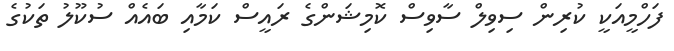
ފަހްމީއަކީ ކުރިން ސިވިލް ސާވިސް ކޮމިޝަންގެ ރައީސް ކަމާއި ބައެއް ސުކޫލު ތަކުގެ